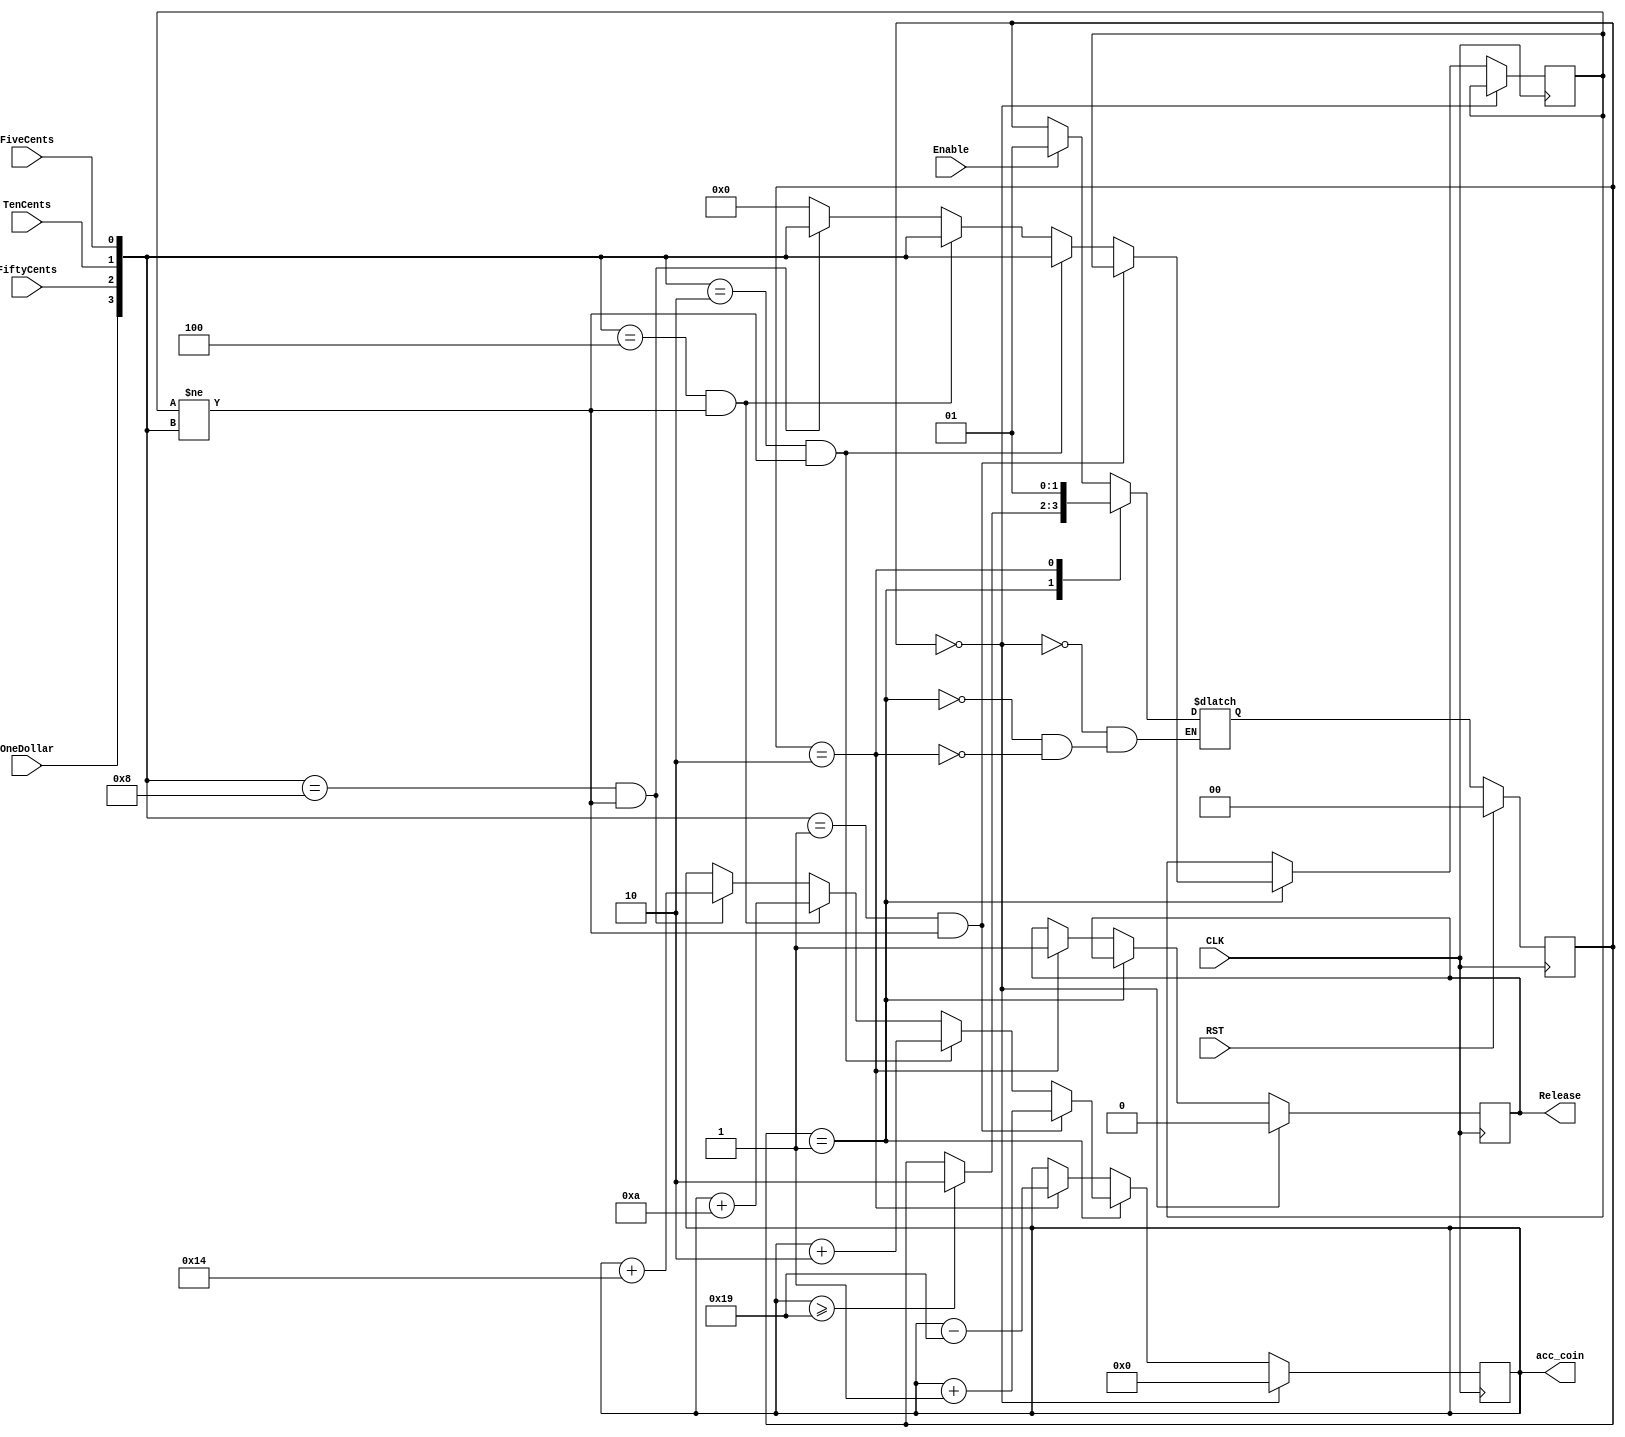
`timescale 1ns / 1ps
//////////////////////////////////////////////////////////////////////////////////
// Company: 
// Engineer: 
// 
// Design Name: 
// Module Name: state_machine
// Project Name: 
// Target Devices: 
// Tool Versions: 
// Description: 
// 
// Dependencies: 
// 
// Revision:
// Revision 0.01 - File Created
// Additional Comments:
// 
//////////////////////////////////////////////////////////////////////////////////


module VENDING_MACHINE(
    input Enable,
	input RST,
	input OneDollar,
	input FiftyCents,
	input TenCents,
	input FiveCents,
	input CLK,
	output reg Release,
	output reg [6:0] acc_coin
	//output reg [2:1] CURR_STATE
    );
    
    //reg[15:0] acc_coin = 0, tmp=0;
    reg[6:0]  tmp = 0;
	localparam[1:0] INIT = 2'd0,
				WAIT_COIN = 2'd1,
				RELEASE_ITEM = 2'd2;
	reg[1:0]  CURR_STATE, NEXT_STATE;
	//reg RELEASE_FLAG=0;
	reg [3:0] PRE_INSERT = 0;
	wire [3:0] INSERT;
	wire RELEASE_FLAG;
	
	assign INSERT = {OneDollar, FiftyCents, TenCents, FiveCents};
	
	//implement the state flip-flop
	always @(posedge CLK)
	if(RST)
		CURR_STATE <= INIT;
	else
		CURR_STATE <= NEXT_STATE;
	
	always @(CURR_STATE, acc_coin, INSERT)begin
		case(CURR_STATE)
			INIT:begin
				if(Enable==1'b1)
					NEXT_STATE <= WAIT_COIN;
				else
					NEXT_STATE <= CURR_STATE;
			end
			WAIT_COIN:begin
			    //can not jump to INIT, because i dismiss 
			    //the poweroff problem
                if(acc_coin >= 25)
					NEXT_STATE <= RELEASE_ITEM;
				else
					NEXT_STATE <= CURR_STATE;
			end
			RELEASE_ITEM:begin
				NEXT_STATE <= WAIT_COIN;
			end
		endcase
	end

	
	always@(posedge CLK)begin
	   if(CURR_STATE == INIT)begin
	       acc_coin = 0;
	       Release = 0;
	   end
		else if(CURR_STATE == WAIT_COIN)begin
				if(INSERT==4'b0001&PRE_INSERT!=INSERT)begin
				    tmp = acc_coin;
				    tmp = acc_coin;
					acc_coin = tmp + 1;
					PRE_INSERT = PRE_INSERT;
				end
				else if(INSERT==4'b0010&PRE_INSERT!=INSERT)begin
				    tmp = acc_coin;
					acc_coin = tmp + 2;
					PRE_INSERT = INSERT;
				end
				else if(INSERT==4'b0100&PRE_INSERT!=INSERT)begin
				    tmp = acc_coin;
					acc_coin = tmp + 10;
					PRE_INSERT = INSERT;
				end
				else if(INSERT == 4'b1000&PRE_INSERT!=INSERT)begin
					tmp = acc_coin;
					acc_coin = tmp + 20;
					PRE_INSERT = INSERT;
				end
				else
				    PRE_INSERT = 0;
				//Release <= 1'b0;
		end
		else if(CURR_STATE == RELEASE_ITEM)begin
			acc_coin <= acc_coin - 25;
			Release <= 1'b1;
			//#10
			//Release <= 1'b0;
		end
	end
	
endmodule